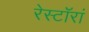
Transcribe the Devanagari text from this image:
रेस्टॉरां